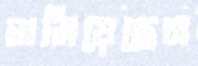
ঘামিয়েছেন